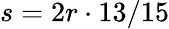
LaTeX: s=2r\cdot 13/15